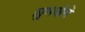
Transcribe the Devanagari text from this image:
शुभयोगे